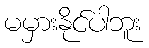
မမှားနိုင်ပါဘူး